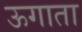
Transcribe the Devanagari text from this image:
ऊगाता